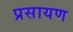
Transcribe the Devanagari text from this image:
प्रसायण